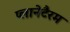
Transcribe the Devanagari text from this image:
प्लानेटैरम